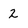
Character: 2